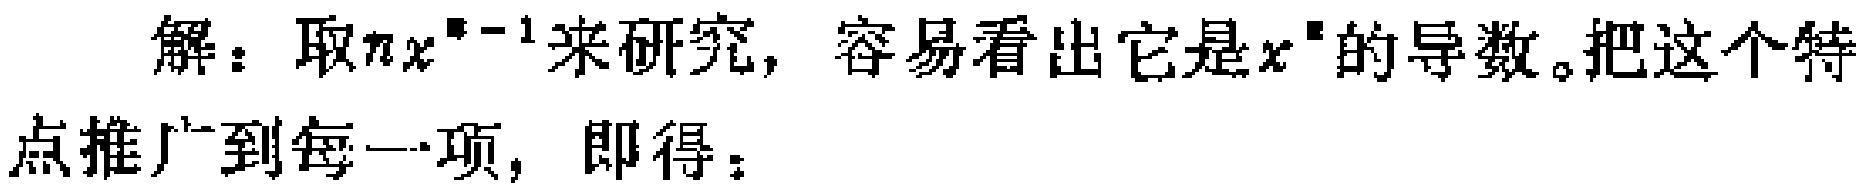
解：取\(nx^{n - 1}\)来研究，容易看出它是\(x^{n}\)的导数。把这个特点推广到每一项，即得：